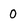
Character: 0